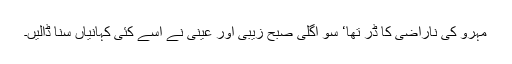
مہرو کی ناراضی کا ڈر تھا‘ سو اگلی صبح زیبی اور عینی نے اسے کئی کہانیاں سنا ڈالیں۔